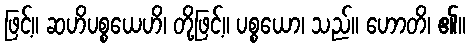
ဖြင့်။ ဆဟိပစ္စယေဟိ၊ တို့ဖြင့်။ ပစ္စယော၊ သည်။ ဟောတိ၊ ၏။